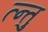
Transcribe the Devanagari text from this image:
त्न्तु